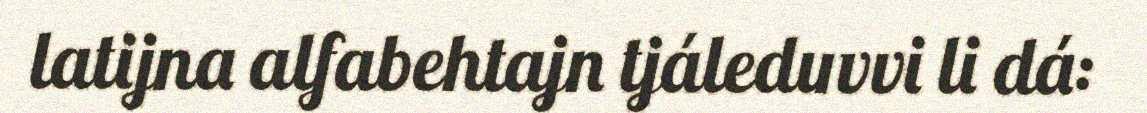
latijna alfabehtajn tjáleduvvi li dá: